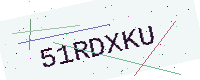
Text: 51RDXKU